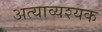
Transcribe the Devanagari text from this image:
अत्याव्यश्यक